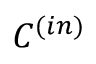
{ \cal C } ^ { ( i n ) }